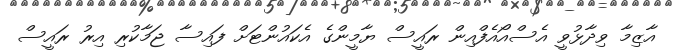
އާޒިމާ ވިދާޅުވީ އެސްއޯއެފްއިން ރައީސް ޔާމީންގެ އެކައުންޓަށް ފައިސާ ޖަމާކުރި އިރު ރައީސް